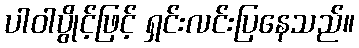
ပါဝါပွိုင့်ဖြင့် ရှင်းလင်းပြနေသည်။